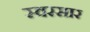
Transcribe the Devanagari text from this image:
स्वरसार